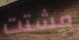
مشتت